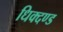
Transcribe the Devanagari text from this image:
धिक्दण्ड